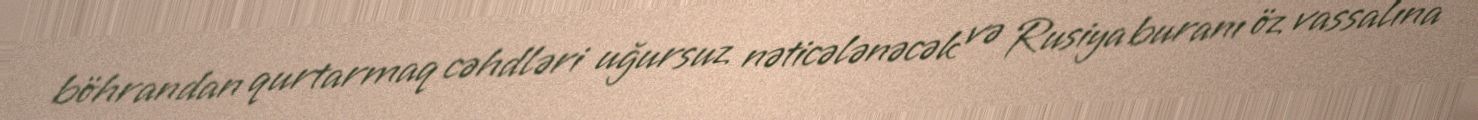
böhrandan qurtarmaq cəhdləri uğursuz nəticələnəcək və Rusiya buranı öz vassalına